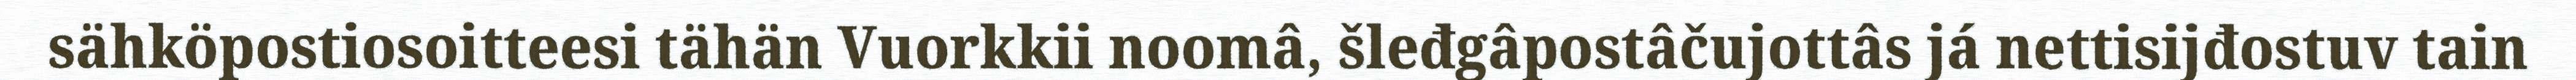
sähköpostiosoitteesi tähän Vuorkkii noomâ, šleđgâpostâčujottâs já nettisijđostuv tain